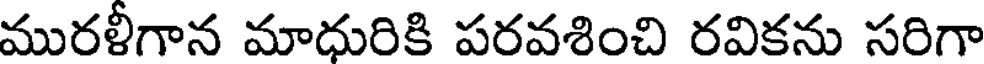
మురళీగాన మాధురికి పరవశించి రవికను సరిగా